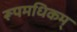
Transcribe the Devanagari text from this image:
रूपमधिकम्